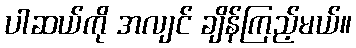
ပါဆယ်ကို အလျင် ချိန်ကြည့်မယ်။